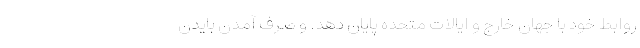
روابط خود با جهان خارج و ايالات متحده پايان دهد. و صرف آمدن بايدن